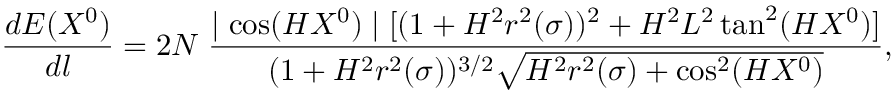
\frac { d E ( X ^ { 0 } ) } { d l } = 2 N \; \frac { \mid \cos ( H X ^ { 0 } ) \mid [ ( 1 + H ^ { 2 } r ^ { 2 } ( \sigma ) ) ^ { 2 } + H ^ { 2 } L ^ { 2 } \tan ^ { 2 } ( H X ^ { 0 } ) ] } { ( 1 + H ^ { 2 } r ^ { 2 } ( \sigma ) ) ^ { 3 / 2 } \sqrt { H ^ { 2 } r ^ { 2 } ( \sigma ) + \cos ^ { 2 } ( H X ^ { 0 } ) } } ,